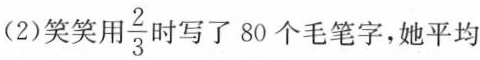
(2)笑笑用 \frac{2}{3}时写了80个毛笔字，她平均